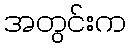
အတွင်းက